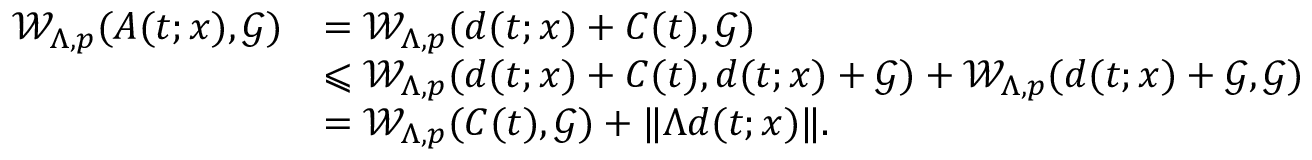
\begin{array} { r l } { \mathcal { W } _ { \Lambda , p } ( A ( t ; x ) , \mathcal { G } ) } & { = \mathcal { W } _ { \Lambda , p } ( d ( t ; x ) + C ( t ) , \mathcal { G } ) } \\ & { \leqslant \mathcal { W } _ { \Lambda , p } ( d ( t ; x ) + C ( t ) , d ( t ; x ) + \mathcal { G } ) + \mathcal { W } _ { \Lambda , p } ( d ( t ; x ) + \mathcal { G } , \mathcal { G } ) } \\ & { = \mathcal { W } _ { \Lambda , p } ( C ( t ) , \mathcal { G } ) + \| \Lambda d ( t ; x ) \| . } \end{array}